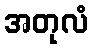
အတုလံ